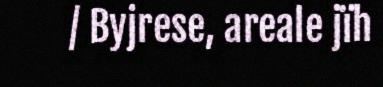
/ Byjrese, areale jïh